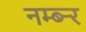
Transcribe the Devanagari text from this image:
नम्ब्र्‍र